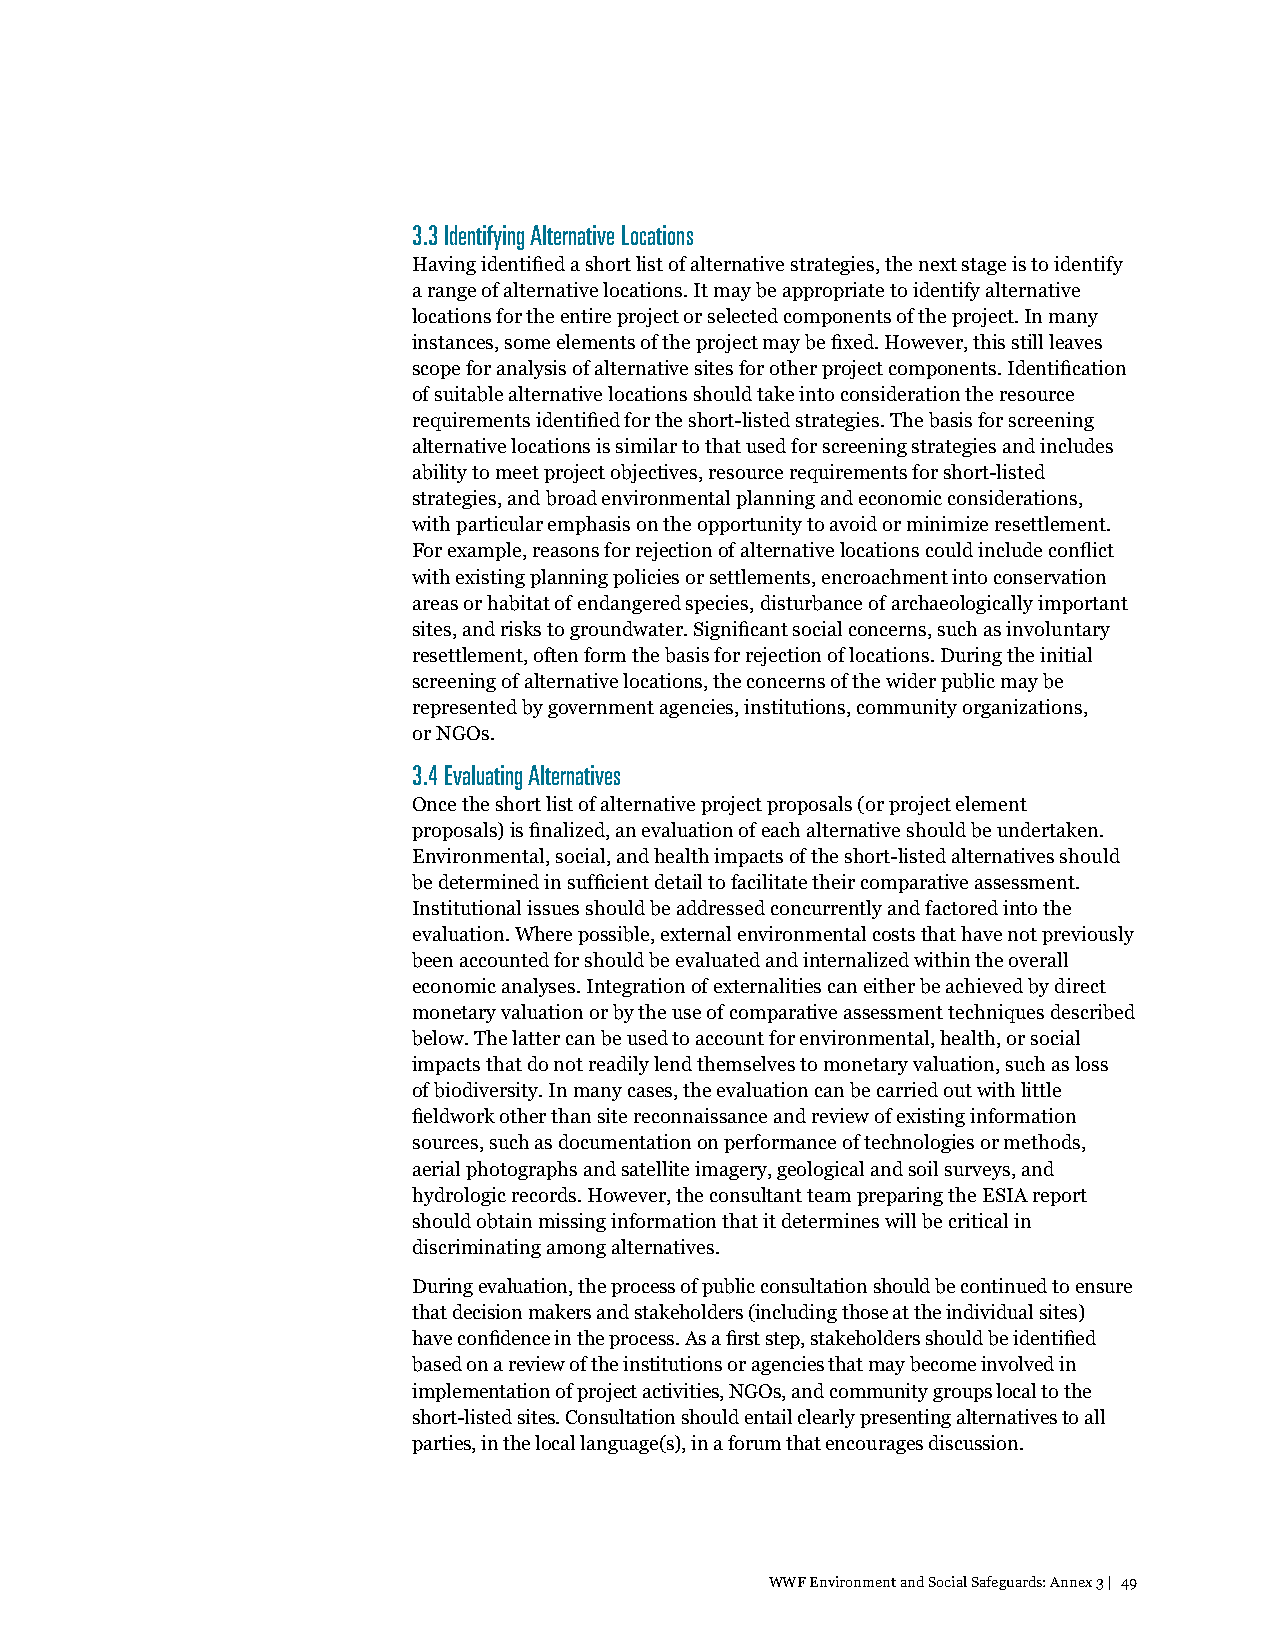
3.3 Identifying Alternative Locations
 Having identified a short list of alternative strategies, the next stage is to identify
 a range of alternative locations. It may be appropriate to identify alternative
 locations for the entire project or selected components of the project. In many
 instances, some elements of the project may be fixed. However, this still leaves
 scope for analysis of alternative sites for other project components. Identification
 of suitable alternative locations should take into consideration the resource
 requirements identified for the short-listed strategies. The basis for screening
 alternative locations is similar to that used for screening strategies and includes
 ability to meet project objectives, resource requirements for short-listed
 strategies, and broad environmental planning and economic considerations,
 with particular emphasis on the opportunity to avoid or minimize resettlement.
 For example, reasons for rejection of alternative locations could include conflict
 with existing planning policies or settlements, encroachment into conservation
 areas or habitat of endangered species, disturbance of archaeologically important
 sites, and risks to groundwater. Significant social concerns, such as involuntary
 resettlement, often form the basis for rejection of locations. During the initial
 screening of alternative locations, the concerns of the wider public may be
 represented by government agencies, institutions, community organizations,
 or NGOs.
 3.4 Evaluating Alternatives
 Once the short list of alternative project proposals (or project element
 proposals) is finalized, an evaluation of each alternative should be undertaken.
 Environmental, social, and health impacts of the short-listed alternatives should
 be determined in sufficient detail to facilitate their comparative assessment.
 Institutional issues should be addressed concurrently and factored into the
 evaluation. Where possible, external environmental costs that have not previously
 been accounted for should be evaluated and internalized within the overall
 economic analyses. Integration of externalities can either be achieved by direct
 monetary valuation or by the use of comparative assessment techniques described
 below. The latter can be used to account for environmental, health, or social
 impacts that do not readily lend themselves to monetary valuation, such as loss
 of biodiversity. In many cases, the evaluation can be carried out with little
 fieldwork other than site reconnaissance and review of existing information
 sources, such as documentation on performance of technologies or methods,
 aerial photographs and satellite imagery, geological and soil surveys, and
 hydrologic records. However, the consultant team preparing the ESIA report
 should obtain missing information that it determines will be critical in
 discriminating among alternatives.
 During evaluation, the process of public consultation should be continued to ensure
 that decision makers and stakeholders (including those at the individual sites)
 have confidence in the process. As a first step, stakeholders should be identified
 based on a review of the institutions or agencies that may become involved in
 implementation of project activities, NGOs, and community groups local to the
 short-listed sites. Consultation should entail clearly presenting alternatives to all
 parties, in the local language(s), in a forum that encourages discussion.
 WWF Environment and Social Safeguards: Annex 3 | 49